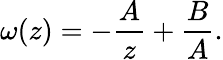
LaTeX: \omega(z)=-\frac{A}{z}+\frac{B}{A}.